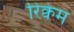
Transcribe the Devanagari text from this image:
रिक्वेम